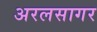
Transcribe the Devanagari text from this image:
अरलसागर